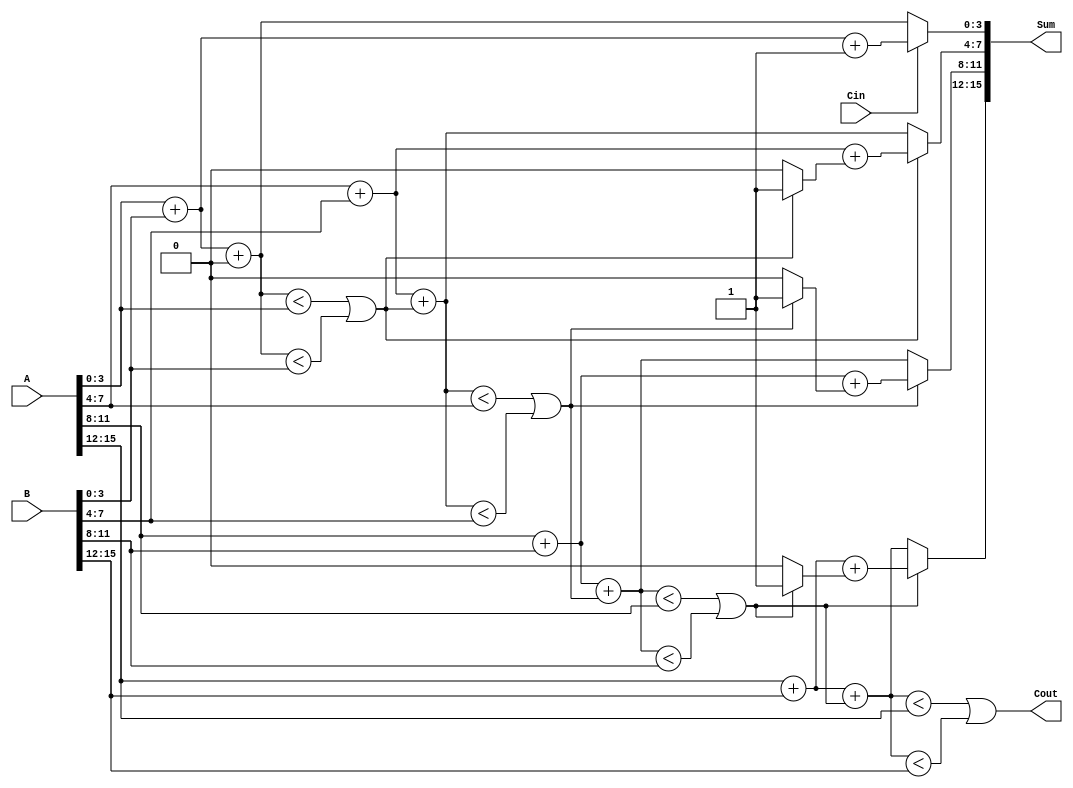
module HybridCarrySelectAdder (
    input [15:0] A,       // First 16-bit input
    input [15:0] B,       // Second 16-bit input
    input Cin,            // Carry-in
    output [15:0] Sum,    // 16-bit Sum output
    output Cout           // Carry-out
);

    // Internal signals for segments
    wire [3:0] Sum0, Sum1, Sum2, Sum3; // Sums for each segment
    wire C0, C1, C2, C3;               // Carries for each segment
    wire C0_mux, C1_mux, C2_mux;       // MUX outputs for carries

    // Segment 0 (A[3:0], B[3:0])
    wire [3:0] S0_0 = A[3:0] + B[3:0] + 0; // Sum assuming Cin = 0
    wire [3:0] S0_1 = A[3:0] + B[3:0] + 1; // Sum assuming Cin = 1
    assign C0 = (S0_0 < A[3:0]) || (S0_0 < B[3:0]); // Carry-out for segment 0
    assign Sum0 = (Cin ? S0_1 : S0_0);

    // Segment 1 (A[7:4], B[7:4])
    wire [3:0] S1_0 = A[7:4] + B[7:4] + C0; // Sum assuming Cin = C0
    wire [3:0] S1_1 = A[7:4] + B[7:4] + (C0 ? 1 : 0); // Sum assuming Cin = C0 + 1
    assign C1 = (S1_0 < A[7:4]) || (S1_0 < B[7:4]); // Carry-out for segment 1
    assign Sum1 = (C0 ? S1_1 : S1_0);

    // Segment 2 (A[11:8], B[11:8])
    wire [3:0] S2_0 = A[11:8] + B[11:8] + C1; // Sum assuming Cin = C1
    wire [3:0] S2_1 = A[11:8] + B[11:8] + (C1 ? 1 : 0); // Sum assuming Cin = C1 + 1
    assign C2 = (S2_0 < A[11:8]) || (S2_0 < B[11:8]); // Carry-out for segment 2
    assign Sum2 = (C1 ? S2_1 : S2_0);

    // Segment 3 (A[15:12], B[15:12])
    wire [3:0] S3_0 = A[15:12] + B[15:12] + C2; // Sum assuming Cin = C2
    wire [3:0] S3_1 = A[15:12] + B[15:12] + (C2 ? 1 : 0); // Sum assuming Cin = C2 + 1
    assign C3 = (S3_0 < A[15:12]) || (S3_0 < B[15:12]); // Carry-out for segment 3
    assign Sum3 = (C2 ? S3_1 : S3_0);

    // Final Sum and Carry-out
    assign Sum = {Sum3, Sum2, Sum1, Sum0};
    assign Cout = C3;

endmodule